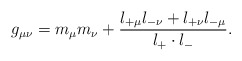
\begin{align*}g_{\mu\nu}=m_\mu m_\nu+\frac{l_{+\mu}l_{-\nu}+l_{+\nu}l_{-\mu}}{l_+ \cdot l_-}.\end{align*}